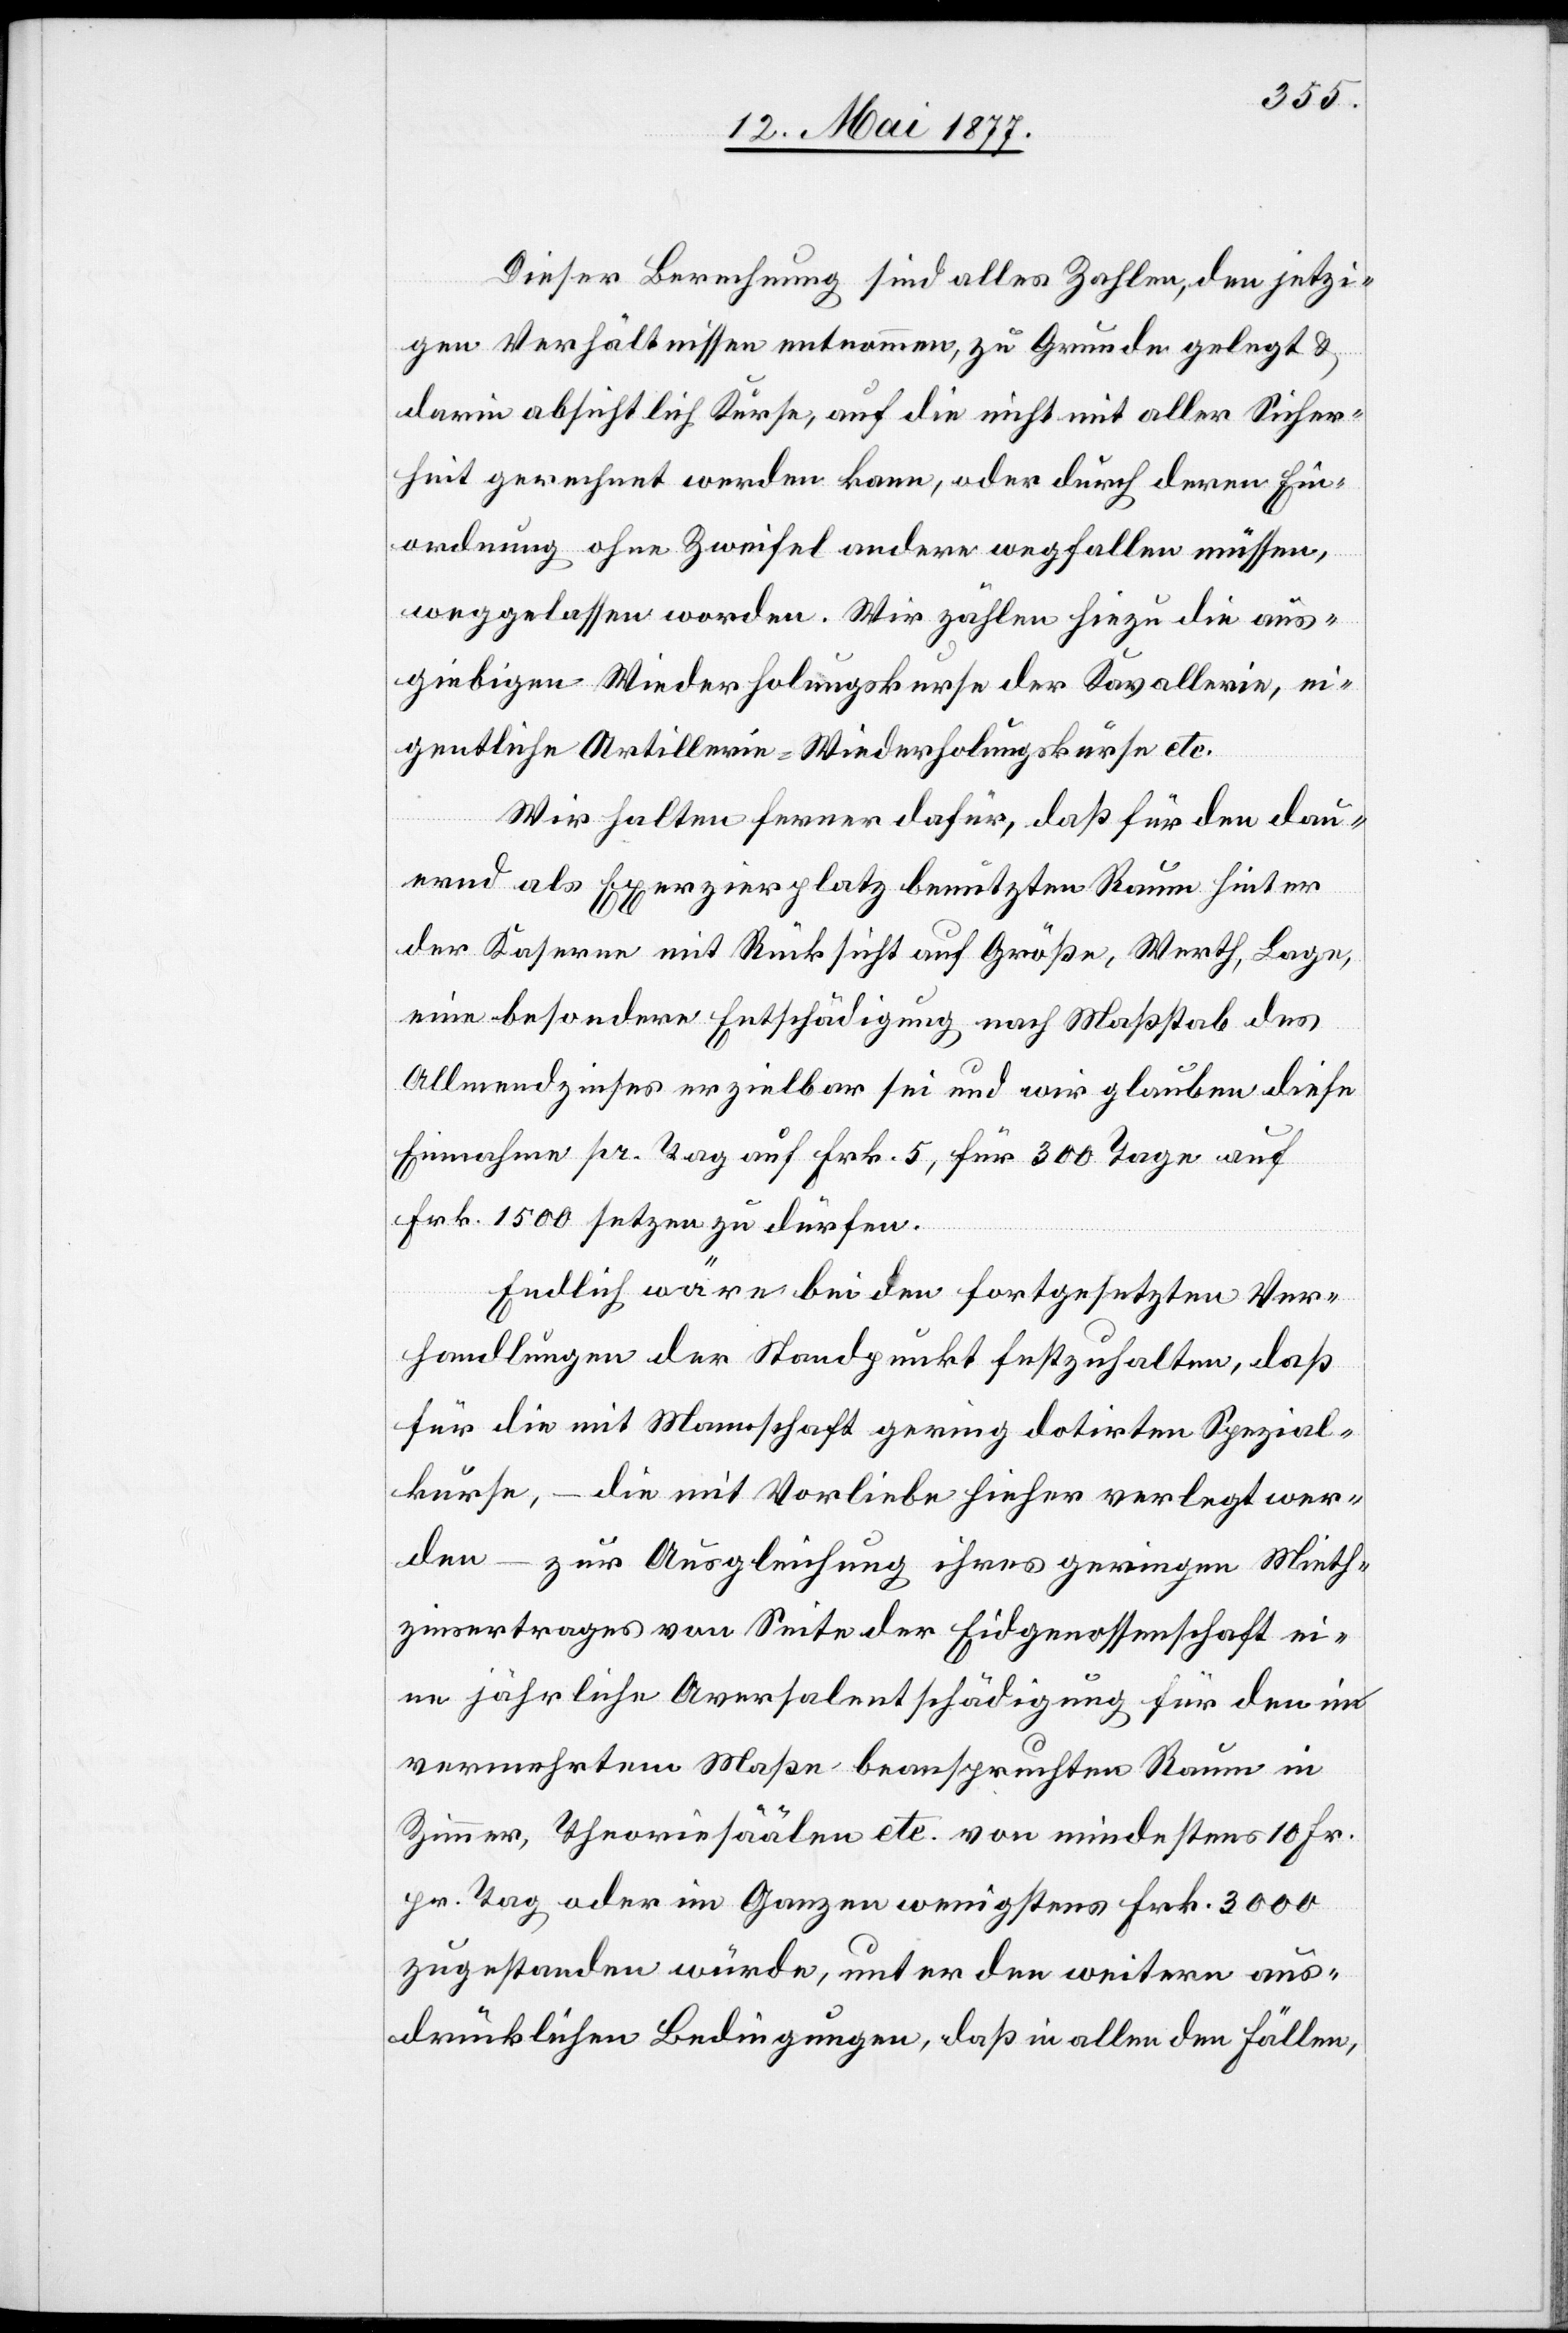
Dieser Berechnung sind alles Zahlen, den jetzi¬
gen Verhältnissen entnommen, zu Grunde gelegt &
darin absichtlich Kurse, auf die nicht mit aller Sicher¬
heit gerechnet werden kann, oder durch deren Ein¬
ordnung ohne Zweifel andere wegfallen müssen,
weggelassen worden. Wir zählen hiezu die aus¬
giebigen Wiederholungskurse der Kavallerie, ei¬
gentliche Artillerie-Wiederholungskurse etc.
Wir halten ferner dafür, daß für den dau¬
ernd als Exerzierplatz benutzen Raum hinter
der Kaserne mit Rücksicht auf Größe, Werth, Lage
eine besondere Entschädigung nach Maßstab des
Allmendzinses erzielbar sei und wir glauben diese
Einnahme pr. Tag auf Frk. 5, für 300 Tage auf
Frk. 1500 setzen zu dürfen.
Endlich wäre bei den fortgesetzten Ver¬
handlungen der Standpunkt festzuhalten, daß
für die mit Mannschaft gering dotirten Spezial¬
kurse, – die mit Vorliebe hieher verlegt wer¬
den – zur Ausgleichung ihres geringen Mieth¬
zinsertrages von Seite der Eidgenossenschaft ei¬
ne jährliche Aversalentschädigung für den im
vermehrten Maße beanspruchten Raum in
Zimmer, Theoriesäälen etc. von mindestens 10 Fr.
pr. Tag oder im Ganzen wenigstens Frk. 3000
zugestanden würde, unter den weitern aus¬
drücklichen Bedingungen, daß in allen den Fällen,